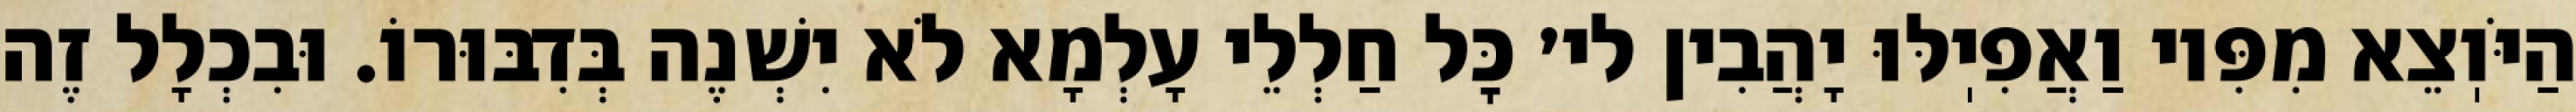
הַיֹּוֽצֵא מִפִּיו וַאֲפִיֽלּוּ יָהֲבִין לי׳ כׇּל חַלְלֵי עָלְמָא לֹא יִשְׁנֶה בְּדִבּוּרוֹ. וּבִכְלָל זֶה